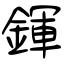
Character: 鍕